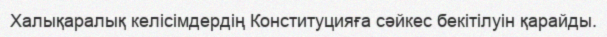
Халықаралық келісімдердің Конституцияға сәйкес бекітілуін қарайды.